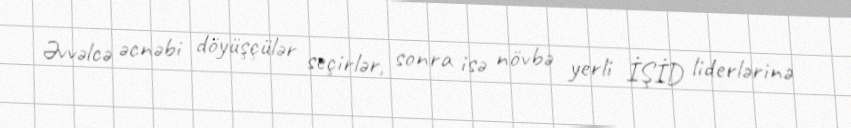
Əvvəlcə əcnəbi döyüşçülər seçirlər, sonra isə növbə yerli İŞİD liderlərinə